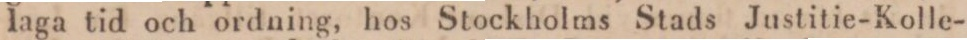
laga tid och ordning, hos Stockholms Stads Justitie-Kolle-